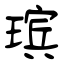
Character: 瑸